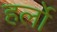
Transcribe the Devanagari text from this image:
हर्लो